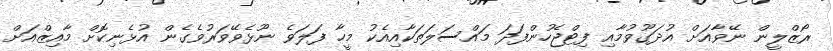
ރޯޒްލީން ނޭވާއަށް އުދަގޫވުމާއި ފިޓްޖެހުންފަދަ މައްސަލަތަކާއިއެކު މީހާ ފަލަވެ ނޫޅެވޭވަރުވެގެން އުޅެނިކޮށް މާއިޒްއަށް